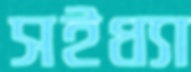
সইধ্যা